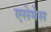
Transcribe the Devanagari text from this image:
एसेमेस